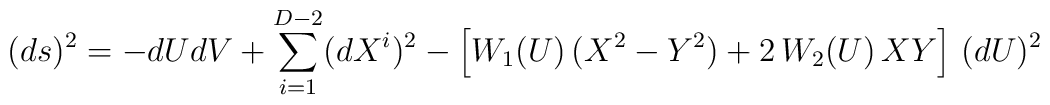
(ds)^2  =  - dU dV + \sum_{i=1}^{D-2}(dX^{i})^2  - \left[ W_{1}(U)\,(X^2 - Y^2 ) + 2 \,W_{2}(U) \,X Y \right]\, (dU)^2